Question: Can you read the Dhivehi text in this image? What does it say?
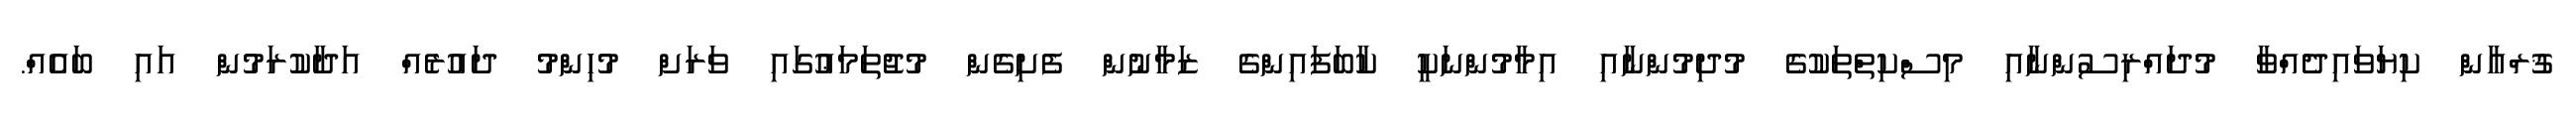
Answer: ޤުރްއާން ކިޔަވައިދެއްވާ މުދައްރިސުންނާއި މިސްކިތްތަކުގެ މުދިމުންނާއި އިމާމުންނަކީ ކާބަފައިންގެ ޒަމާނުން ފެށިގެން މުޖުތަމަޢުގައި ވަރަށް މުހިންމު ދައުރެއް އަދާކުރަމުން އައި ބައެއް.